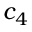
c _ { 4 }